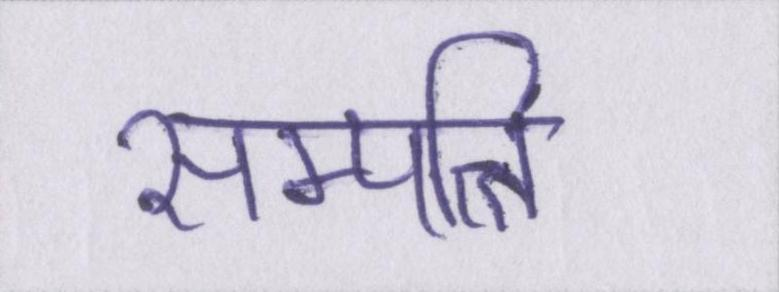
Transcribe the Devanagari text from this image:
सम्पत्ति